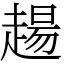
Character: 𧼮